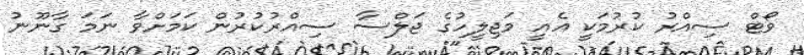
ވޯޓް ސިއްރު ކުރުމަކީ އެއީ މަޖިލީހުގެ ޖަލްސާ ސިއްރުކުރުން ކަމަށްވާ ނަމަ ގާނޫނު